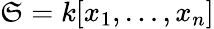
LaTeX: \mathfrak{S}=k[x_{1},\dots,x_{n}]